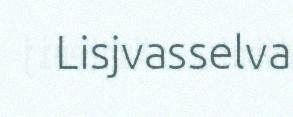
Lisjvasselva